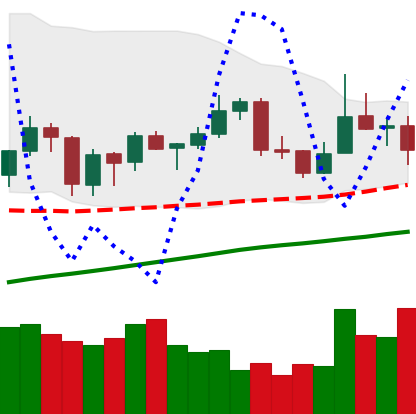
Ticker: XLM-USD
Chart end date: 2019-06-25
Forward return: -16.183%
Label: down_7plus